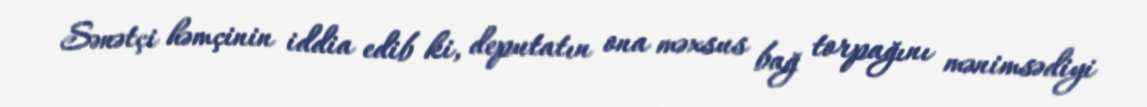
Sənətçi həmçinin iddia edib ki, deputatın ona məxsus bağ torpağını mənimsədiyi